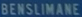
BENSILIMANE